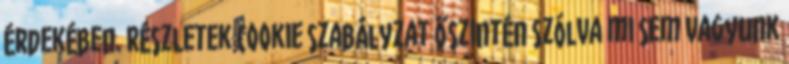
érdekében. Részletek Cookie szabályzat Őszintén szólva mi sem vagyunk